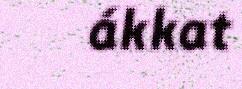
ákkat